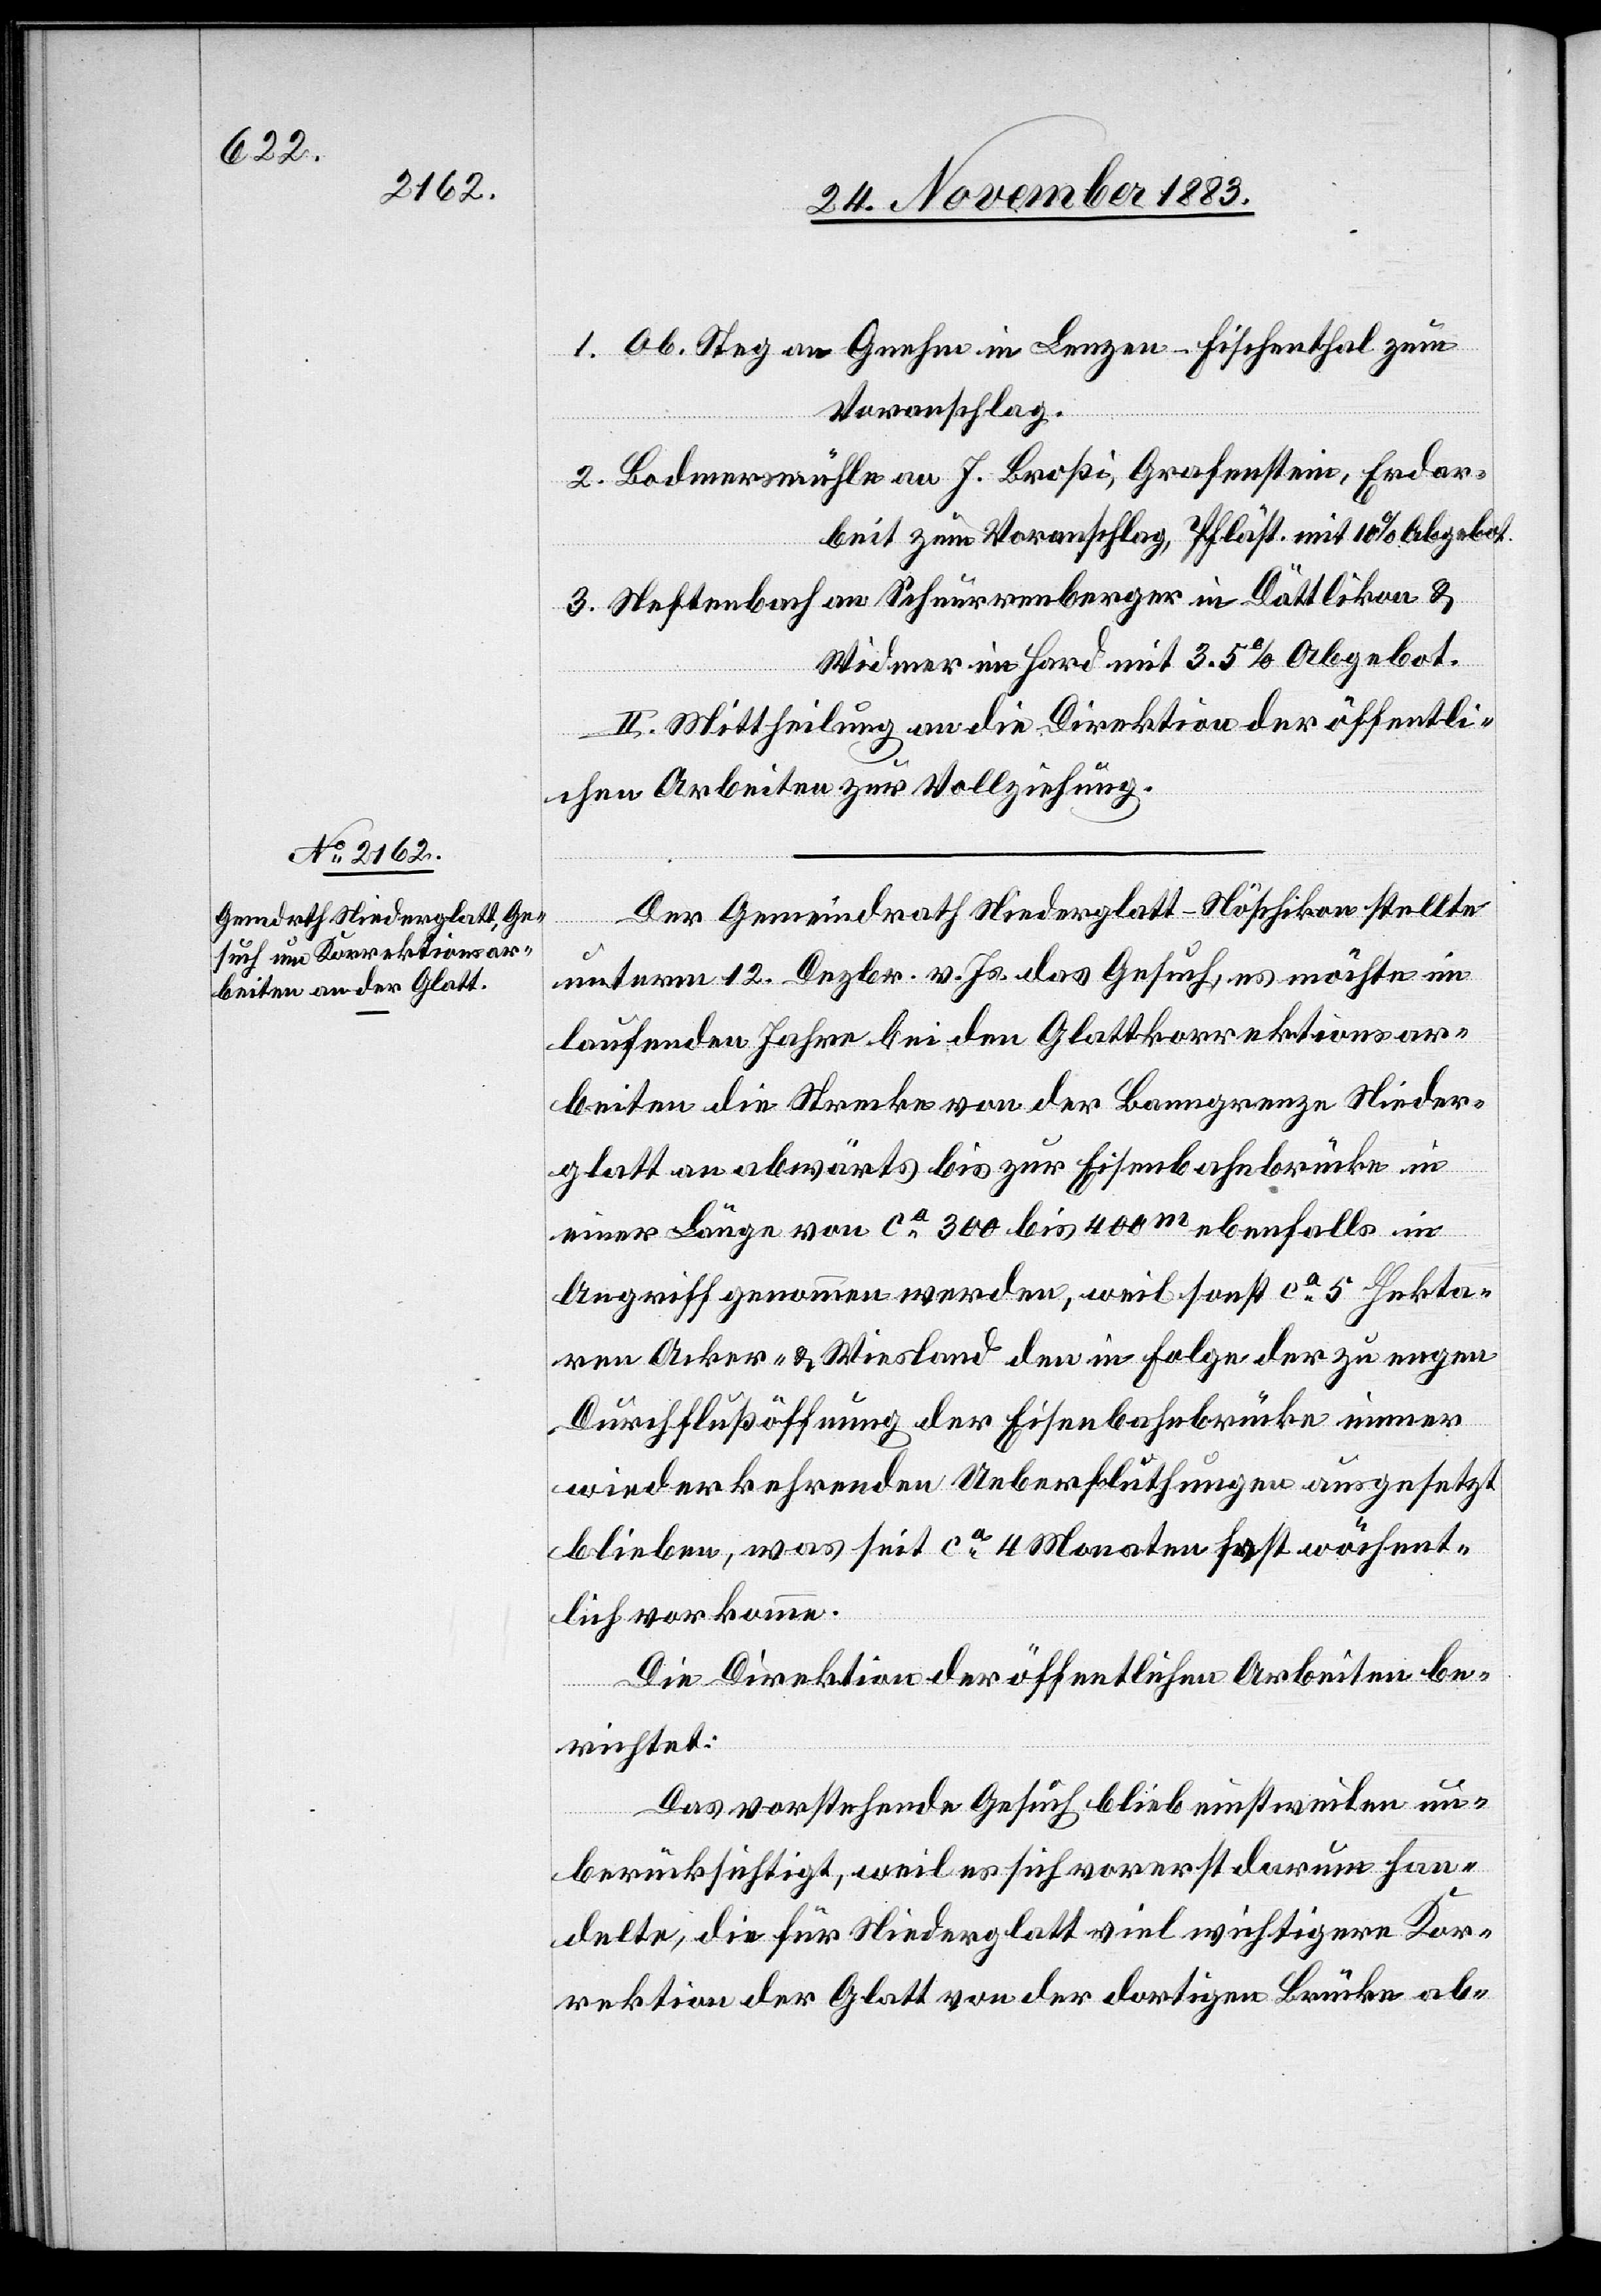
1. Ob. Steg an Gnehm in Lenzen - Fischenthal zum
Voranschlag.
2. Bodmersmühle an J. Broßi, Grafenstein, Erdar¬
beit zum Voranschlag, Pfläst. mit 10% Abgebot.
3. Neftenbach an Schnurrenberger in Dättlikon &
Widmer im Hard mit 3,5% Abgebot.
II. Mittheilung an die Direktion der öffentli¬
chen Arbeiten zur Vollziehung
Der Gemeindrath Niederglatt-Nöschikon stellte
unterm 12. Dezbr. v. Js. das Gesuch, es möchte im
laufenden Jahre bei den Glattkorrektionsar¬
beiten die Strecke von der Banngrenze Nieder¬
glatt an abwärts bis zur Eisenbahnbrücke in
einer Länge von ca 300 bis 400m ebenfalls in
Angriff genommen werden, weil sonst ca 5 Hekta¬
ren Acker- & Wiesland den in Folge der zu engen
Durchflußöffnung der Eisenbahnbrücke immer
wiederkehrenden Ueberfluthungen ausgesetzt
blieben, was seit ca 4 Monaten fast wöchent¬
lich vorkomme.
Die Direktion der öffentlichen Arbeiten be¬
richtet:
Das vorstehende Gesuch blieb einstweilen un¬
berücksichtigt, weil es sich vorerst darum han¬
delte, die für Niederglatt viel wichtigere Kor¬
rektion der Glatt von der dortigen Brücke ab-